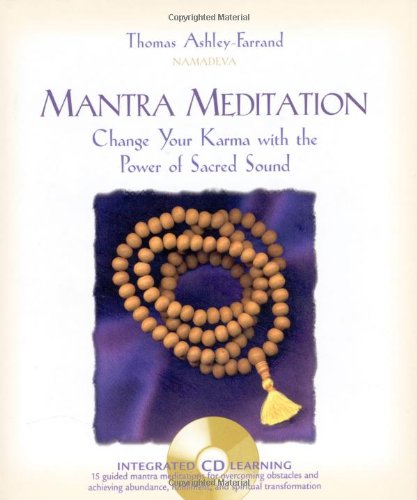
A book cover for Mantra Meditation; Thomas Ashley-Farrand; Religion & Spirituality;